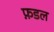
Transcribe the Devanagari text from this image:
फ़डल